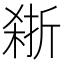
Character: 𪲽